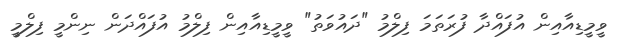
ވީމީޑިއާއިން އުފައްދާ ފުރަތަމަ ފިލްމު "ދައުވަތު" ވީމީޑިއާއިން ފިލްމު އުފައްދަން ނިންމީ ފިލްމީ